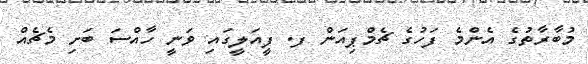
މުބާރާތުގެ އެންމެ ފަހުގެ ޗެމްޕިއަން ފ. ފީއަލީގައި ވަނީ ހާއްސަ ބަށި މެޗެއް